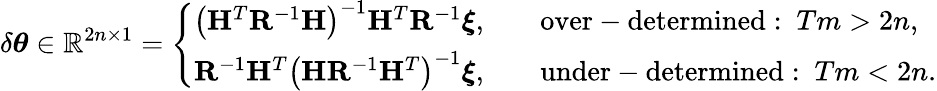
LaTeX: \delta\boldsymbol{\theta}\in\mathbb{R}^{2n\times 1}=\left\{ \begin{array}{ll}{\left(\mathbf{H}^{T}\mathbf{R}^{-1}\mathbf{H}\right)^{-1}\mathbf{H}^{T}\mathbf{R}^{-1}\boldsymbol{\xi},}&{\quad\mathrm{over-determined:~}Tm>2n,}\\ {\mathbf{R}^{-1}\mathbf{H}^{T}\left(\mathbf{H}\mathbf{R}^{-1}\mathbf{H}^{T}\right)^{-1}\boldsymbol{\xi},}&{\quad\mathrm{under-determined:~}Tm<2n.}\end{array}\right.